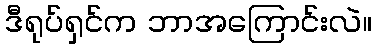
ဒီရုပ်ရှင်က ဘာအကြောင်းလဲ။